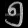
Digit: ၅